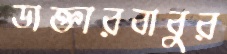
ডাক্তারবাবুর